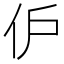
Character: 𬽬